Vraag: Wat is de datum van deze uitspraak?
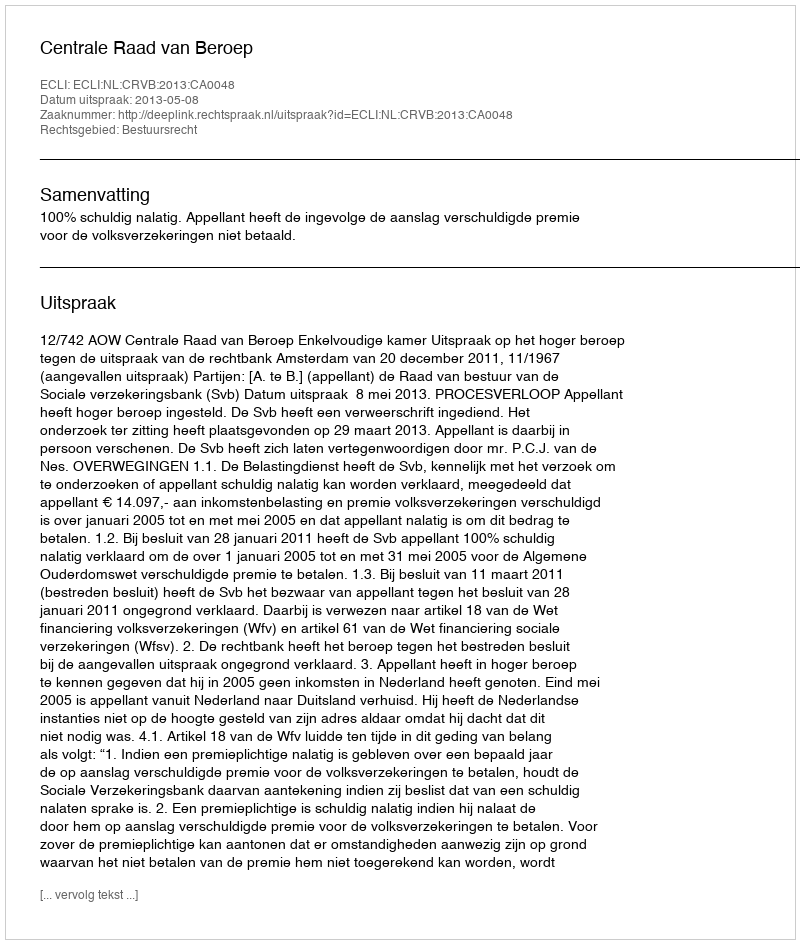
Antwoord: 2013-05-08